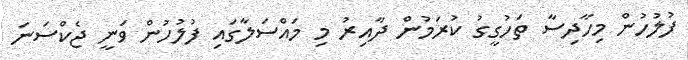
ފުލުހުން މިހާދިސާ ތަހުގީގު ކުރަމުން ދާއިރު މި މައްސަލާގައި ފުލުހުން ވަނީ ޖެކްސަނަ